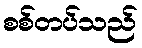
စစ်တပ်သည်